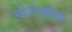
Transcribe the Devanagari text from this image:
मोरोज़ोवा